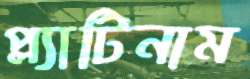
প্ল্যাটিনাম